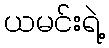
ယမင်းရဲ့